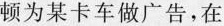
顿为某卡车做广告，在